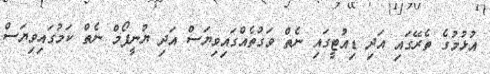
އުޅުމުގެ ތެރޭގައި އަދި ޑިއުޓީގައި ނެތް ވަގުތެއްގައިވިޔަސް އަދި ޔުނީފޯމް ނެތް ކަމުގައިވިޔަސް